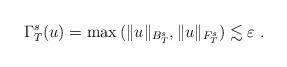
LaTeX: \begin{align*}\Gamma ^s_T(u)=\max{(\|u\|_{B^s_T},\|u\|_{F^s_T})}\lesssim \varepsilon\;.\end{align*}